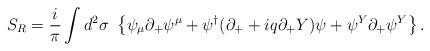
LaTeX: \begin{align*}S_R = \frac i{\pi}\int d^2\sigma\ \left\{ \psi_\mu\partial_+\psi^\mu +\psi^\dag(\partial_++iq\partial_+Y)\psi+\psi^Y\partial_+\psi^Y \right\}.\end{align*}